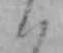
ハ